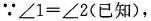
∵$$∠ 1 = ∠ 2$$(已知)，